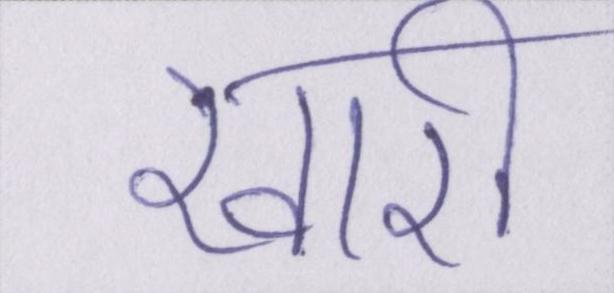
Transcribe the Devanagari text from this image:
खारी